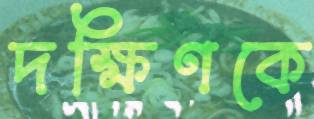
দক্ষিণকে